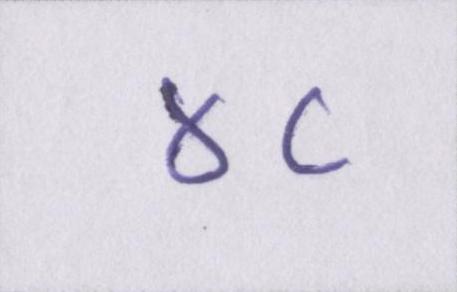
४८